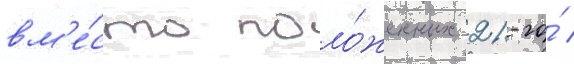
вм'е́сто поло́женных 21-го́ /